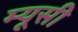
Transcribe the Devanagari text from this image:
म्यूसी